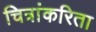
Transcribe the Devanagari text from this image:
चित्रांकरिता